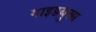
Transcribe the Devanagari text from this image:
गाइडबुक्स